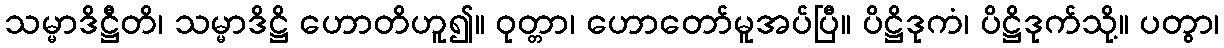
သမ္မာဒိဋ္ဌီတိ၊ သမ္မာဒိဋ္ဌိ ဟောတိဟူ၍။ ဝုတ္တာ၊ ဟောတော်မူအပ်ပြီ။ ပိဋ္ဌိဒုကံ၊ ပိဋ္ဌိဒုက်သို့။ ပတွာ၊